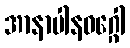
အာနာပါနဝဂ္ဂေါ